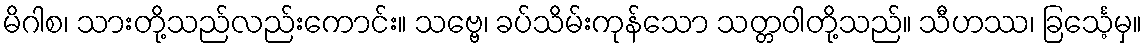
မိဂါစ၊ သားတို့သည်လည်းကောင်း။ သဗ္ဗေ၊ ခပ်သိမ်းကုန်သော သတ္တဝါတို့သည်။ သီဟဿ၊ ခြင်္သေ့မှ။